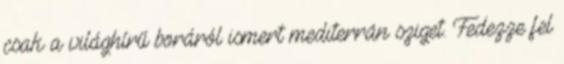
csak a világhírű boráról ismert mediterrán sziget. Fedezze fel